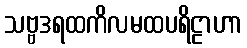
သဗ္ဗဒရထကိလမထပရိဠာဟာ